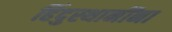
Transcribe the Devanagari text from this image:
हिंदुस्थानींना